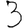
Digit: 3